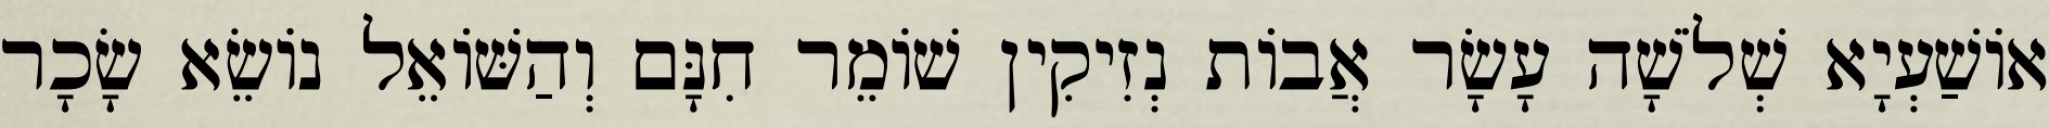
אוֹשַׁעְיָא שְׁלֹשָׁה עָשָׂר אֲבוֹת נְזִיקִין שׁוֹמֵר חִנָּם וְהַשּׁוֹאֵל נוֹשֵׂא שָׂכָר